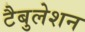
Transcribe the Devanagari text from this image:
टैबुलेशन